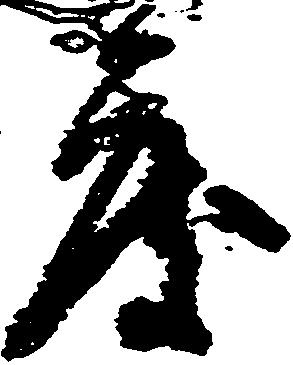
度